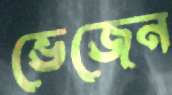
ভেজেন